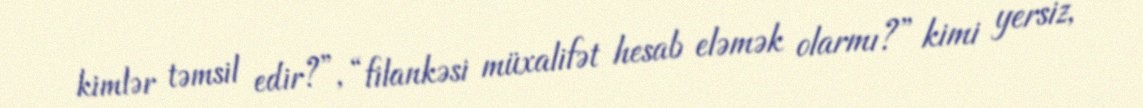
kimlər təmsil edir?”, “filankəsi müxalifət hesab eləmək olarmı?” kimi yersiz,